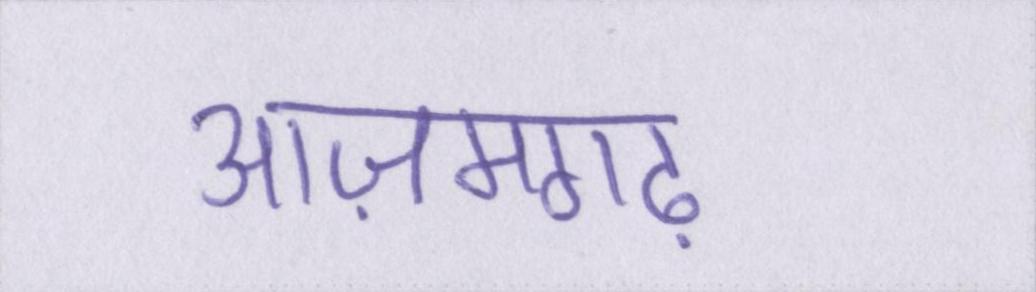
आज़मगढ़